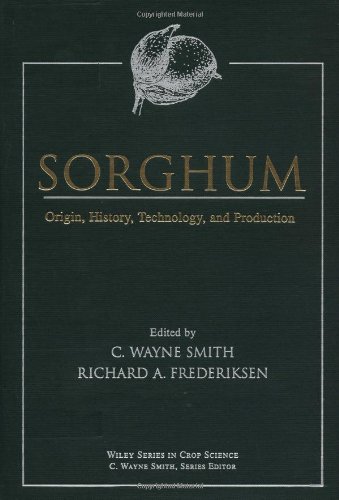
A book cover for Sorghum: Origin, History, Technology, and Production (Wiley Series in Crop Science); Science & Math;